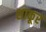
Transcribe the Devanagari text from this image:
शाकूर